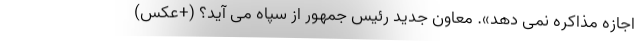
اجازه مذاکره نمی دهد». معاون جدید رئیس جمهور از سپاه می آید؟ (+عکس)